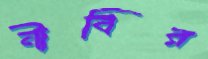
নীবির